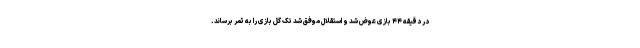
در دقیقه ۴۴ بازی عوض شد و استقلال موفق شد تک گل بازی را به ثمر برساند.